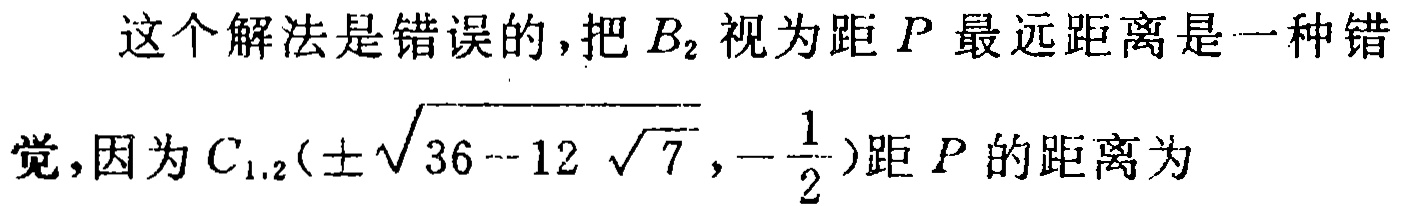
这个解法是错误的,把 \(B_{2}\) 视为距 \(P\) 最远距离是一种错
觉,因为 \(C_{1,2}(\pm\sqrt{36 - 12\sqrt{7}},-\frac{1}{2})\) 距 \(P\) 的距离为